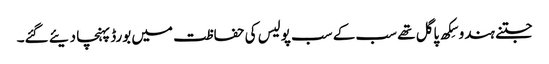
جتنے ہندو سِکھ پاگل تھے سب کے سب پولیس کی حفاظت میں بورڈ پہنچا دیئے گئے۔